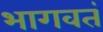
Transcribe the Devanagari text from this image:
भागवतं